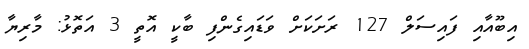
އިބޫއާއި ފައިސަލް 127 ރަށަކަށް ވަޑައިގެންފި ބާކީ އޮތީ 3 އަތޮޅު: މާރިޔާ